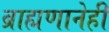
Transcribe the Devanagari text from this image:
ब्राह्मणानेही